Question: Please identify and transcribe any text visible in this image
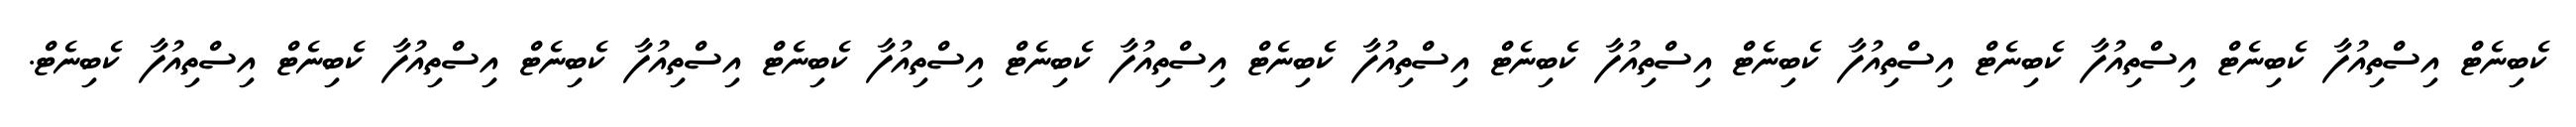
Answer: ކެބިނެޓް އިސްތިއުފާ ކެބިނެޓް އިސްތިއުފާ ކެބިނެޓް އިސްތިއުފާ ކެބިނެޓް އިސްތިއުފާ ކެބިނެޓް އިސްތިއުފާ ކެބިނެޓް އިސްތިއުފާ ކެބިނެޓް އިސްތިއުފާ ކެބިނެޓް އިސްތިއުފާ ކެބިނެޓް އިސްތިއުފާ ކެބިނެޓް އިސްތިއުފާ ކެބިނެޓް.